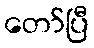
တော်ပြီ